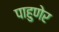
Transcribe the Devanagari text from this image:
पाहुणेर